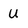
Character: U